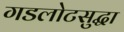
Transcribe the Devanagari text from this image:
गडलोटसुद्धा